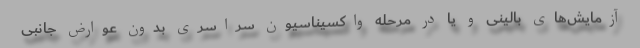
آزمایش‌های بالینی و یا در مرحله واکسیناسیون سراسری بدون عوارض جانبی